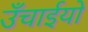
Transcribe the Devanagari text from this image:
उँचाईयो